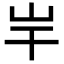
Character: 𡵃